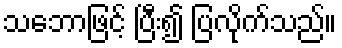
သဘောဖြင့် ပြီး၍ ပြလိုက်သည်။